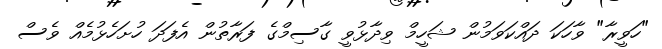
"ހަވީރާ" ވާހަކަ ދައްކަވަމުން ޝަހީމް ވިދާޅުވީ ގާސިމްގެ ފަރާތުން އެފަދަ ހުށަހެޅުމެއް ވެސް